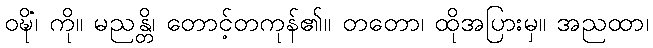
ဝဍ္ဎိံ၊ ကို။ မညန္တိ၊ တောင့်တကုန်၏။ တတော၊ ထိုအပြားမှ။ အညထာ၊